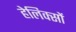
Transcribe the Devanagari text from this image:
हेलिक्सों